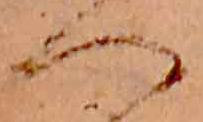
へ